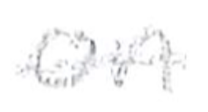
Text: on
Cross-out: single-line
Writing tool: pencil